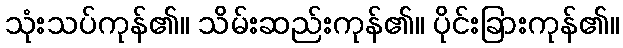
သုံးသပ်ကုန်၏။ သိမ်းဆည်းကုန်၏။ ပိုင်းခြားကုန်၏။